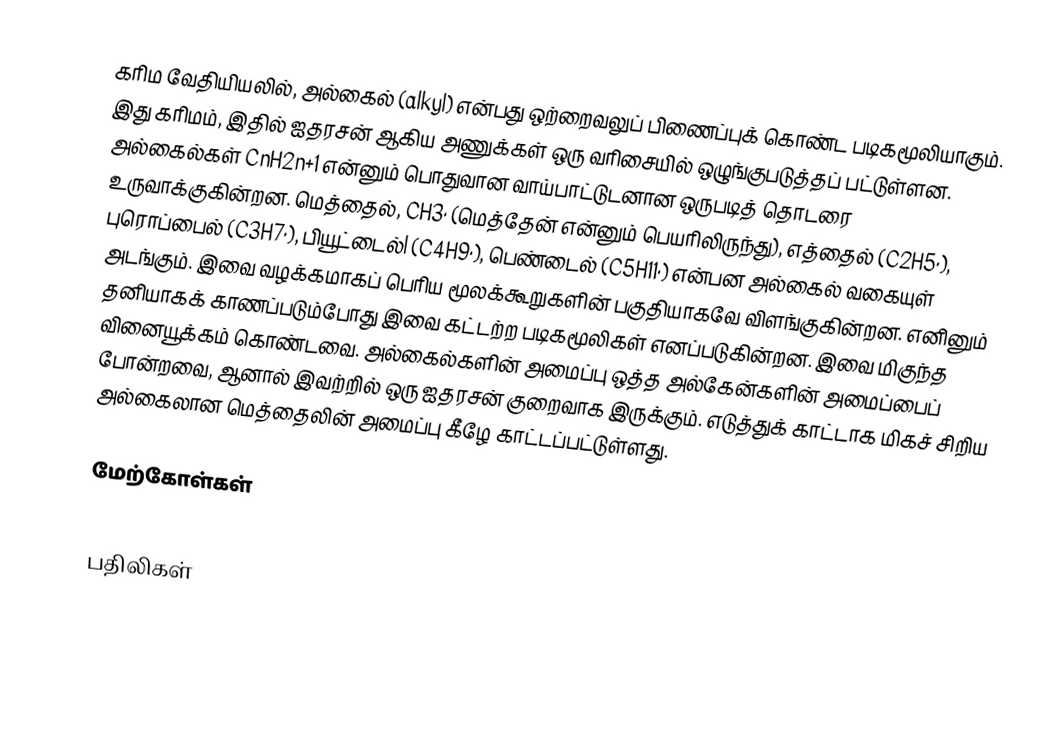
கரிம வேதியியலில், அல்கைல் (alkyl) என்பது ஒற்றைவலுப் பிணைப்புக் கொண்ட படிகமூலியாகும். இது கரிமம், இதில் ஐதரசன் ஆகிய அணுக்கள் ஒரு வரிசையில் ஒழுங்குபடுத்தப் பட்டுள்ளன. அல்கைல்கள் CnH2n+1 என்னும் பொதுவான வாய்பாட்டுடனான ஒருபடித் தொடரை உருவாக்குகின்றன. மெத்தைல், CH3· (மெத்தேன் என்னும் பெயரிலிருந்து), எத்தைல் (C2H5·), புரொப்பைல் (C3H7·), பியூட்டைல்l (C4H9·), பெண்டைல் (C5H11·) என்பன அல்கைல் வகையுள் அடங்கும். இவை வழக்கமாகப் பெரிய மூலக்கூறுகளின் பகுதியாகவே விளங்குகின்றன. எனினும் தனியாகக் காணப்படும்போது இவை கட்டற்ற படிகமூலிகள் எனப்படுகின்றன. இவை மிகுந்த வினையூக்கம் கொண்டவை. அல்கைல்களின் அமைப்பு ஒத்த அல்கேன்களின் அமைப்பைப் போன்றவை, ஆனால் இவற்றில் ஒரு ஐதரசன் குறைவாக இருக்கும். எடுத்துக் காட்டாக மிகச் சிறிய அல்கைலான மெத்தைலின் அமைப்பு கீழே காட்டப்பட்டுள்ளது.

மேற்கோள்கள்

பதிலிகள்